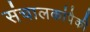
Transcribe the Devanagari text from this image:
संचालकांपैकी